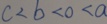
c < b < 0 < a